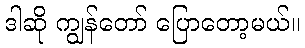
ဒါဆို ကျွန်တော် ပြောတော့မယ်။